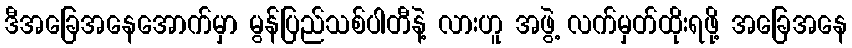
ဒီအခြေအနေအောက်မှာ မွန်ပြည်သစ်ပါတီနဲ့ လားဟူ အဖွဲ့ လက်မှတ်ထိုးရဖို့ အခြေအနေ